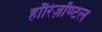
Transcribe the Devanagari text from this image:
हॉरिज़ॉण्टल